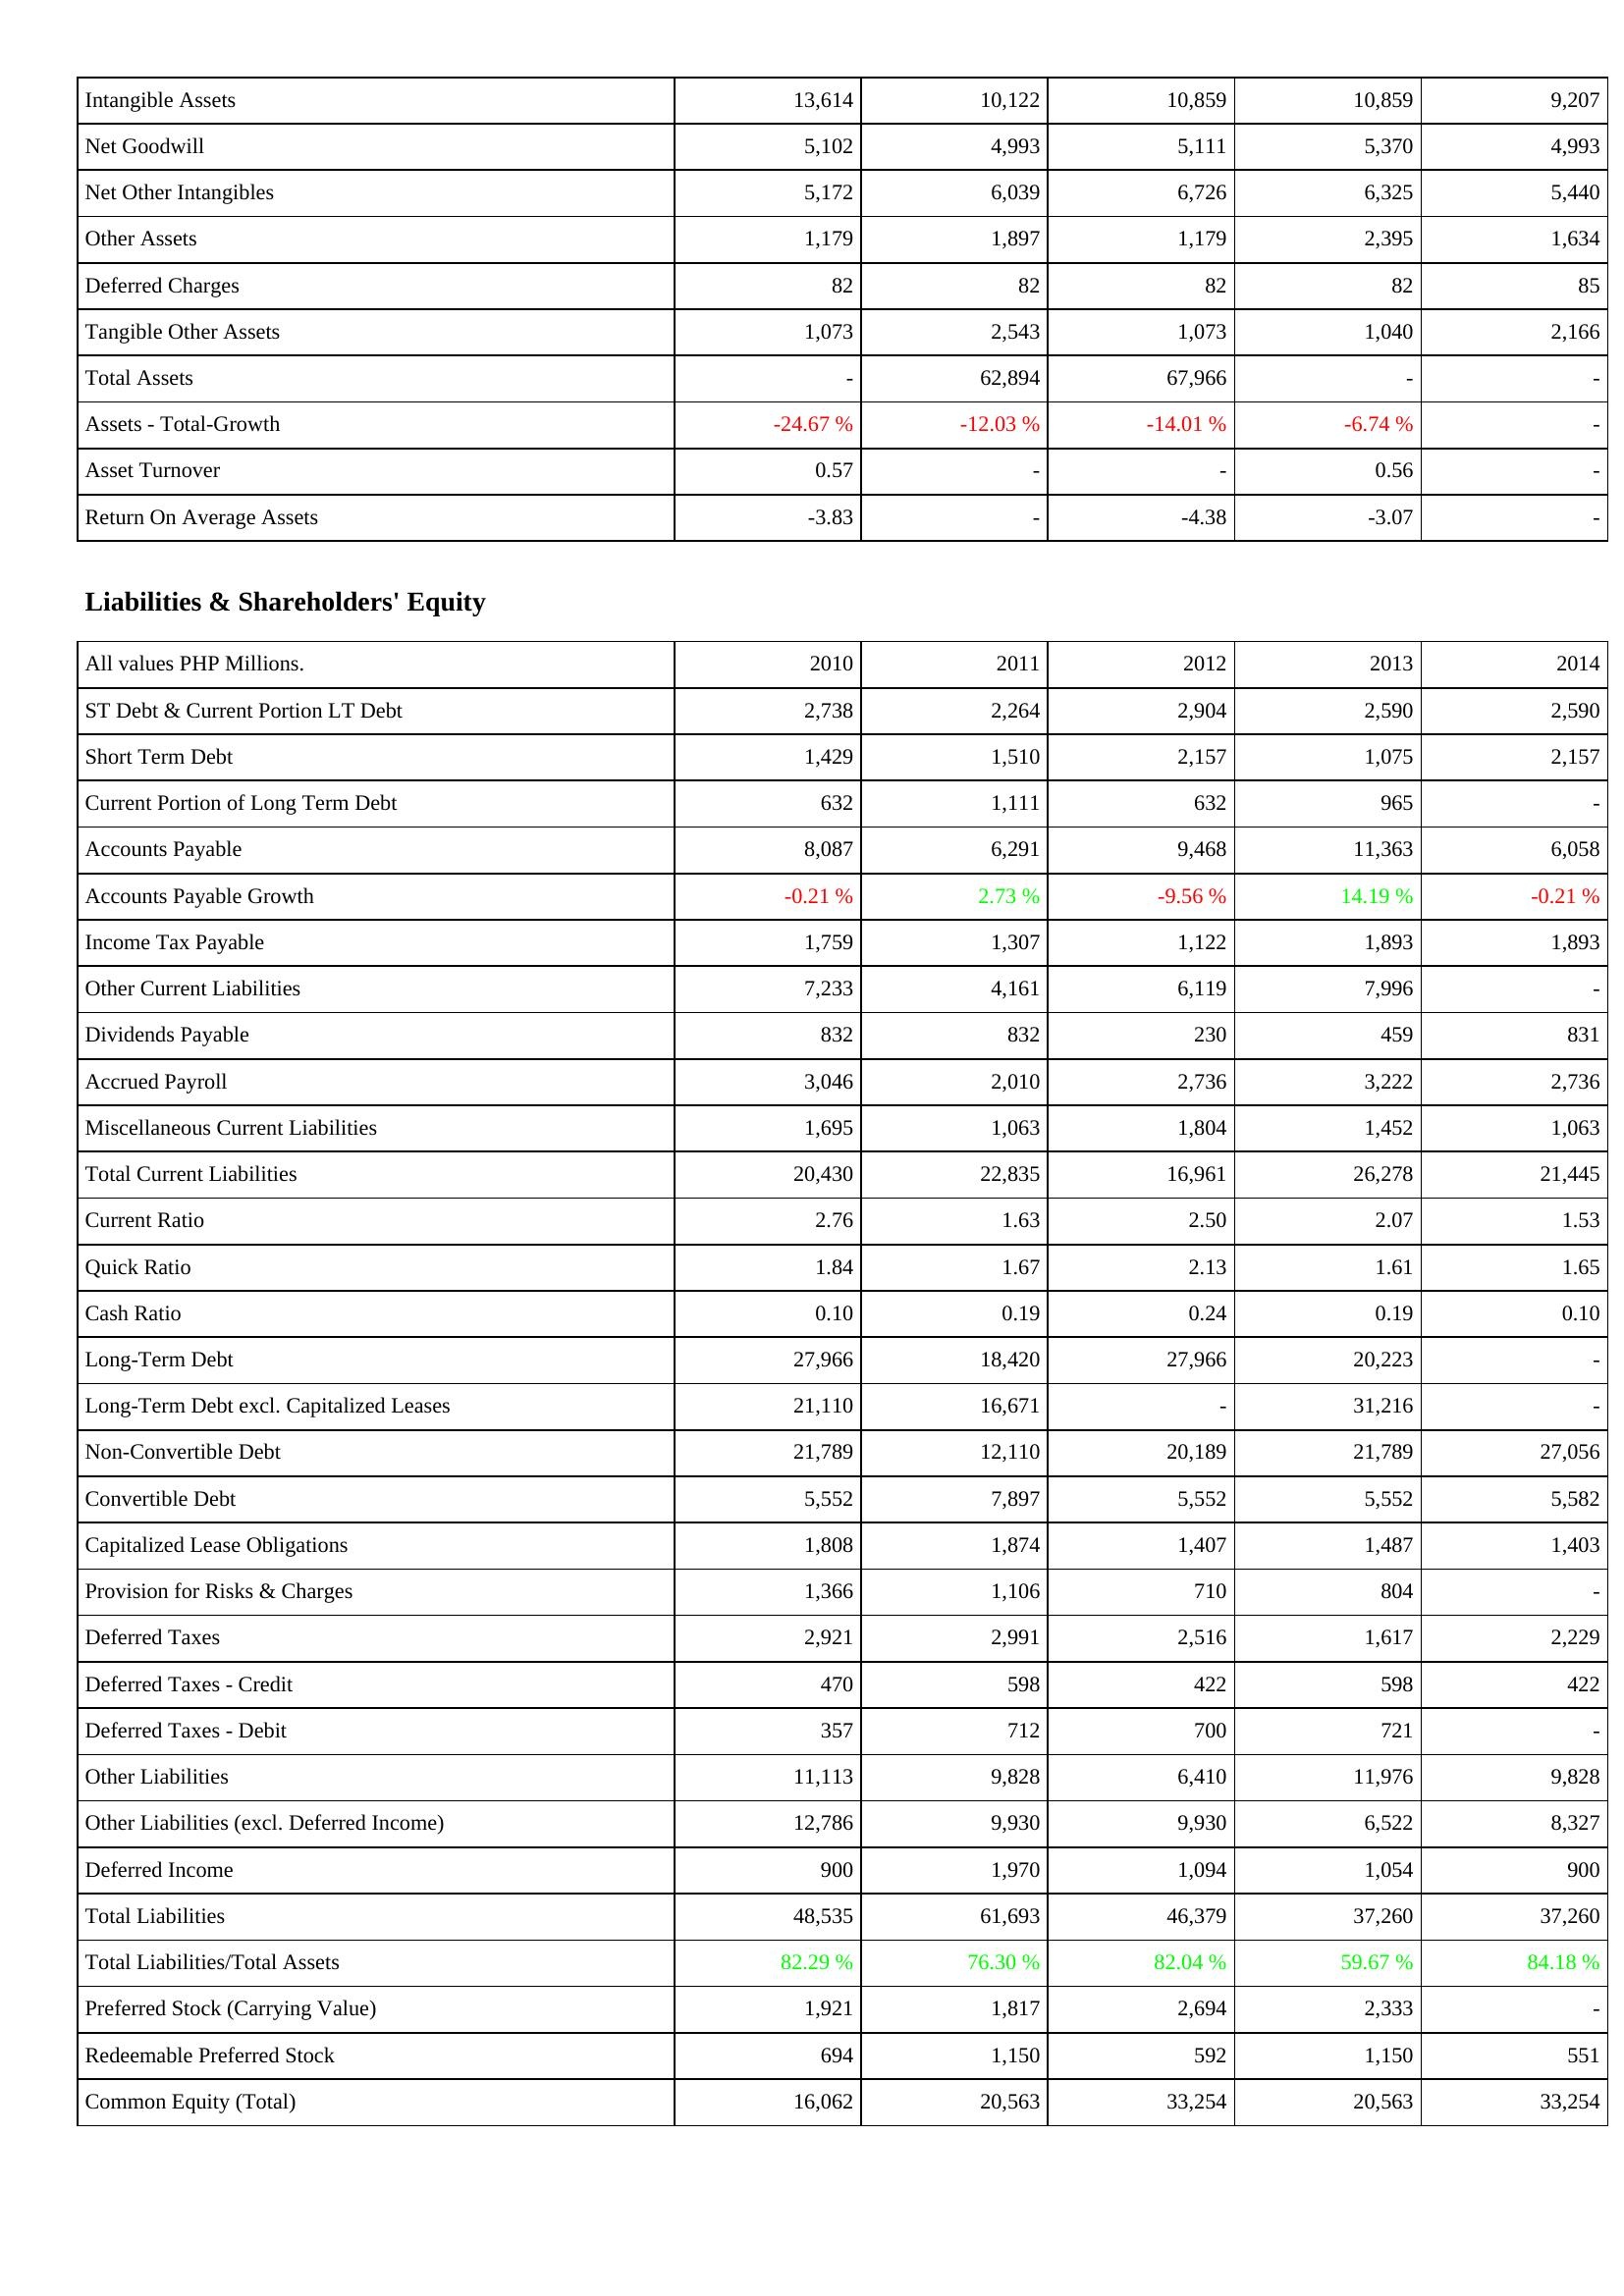
2010: Assets: Intangible Assets: 13,614
Net Goodwill: 5,102
Net Other Intangibles: 5,172
Other Assets: 1,179
Deferred Charges: 82
Tangible Other Assets: 1,073
Total Assets: -
Assets - Total-Growth: -24.67 %
Asset Turnover: 0.57
Return On Average Assets: -3.83
Liabilities & Shareholders' Equity: ST Debt & Current Portion LT Debt: 2,738
Short Term Debt: 1,429
Current Portion of Long Term Debt: 632
Accounts Payable: 8,087
Accounts Payable Growth: -0.21 %
Income Tax Payable: 1,759
Other Current Liabilities: 7,233
Dividends Payable: 832
Accrued Payroll: 3,046
Miscellaneous Current Liabilities: 1,695
Total Current Liabilities: 20,430
Current Ratio: 2.76
Quick Ratio: 1.84
Cash Ratio: 0.10
Long-Term Debt: 27,966
Long-Term Debt excl. Capitalized Leases: 21,110
Non-Convertible Debt: 21,789
Convertible Debt: 5,552
Capitalized Lease Obligations: 1,808
Provision for Risks & Charges: 1,366
Deferred Taxes: 2,921
Deferred Taxes - Credit: 470
Deferred Taxes - Debit: 357
Other Liabilities: 11,113
Other Liabilities (excl. Deferred Income): 12,786
Deferred Income: 900
Total Liabilities: 48,535
Total Liabilities/Total Assets: 82.29 %
Preferred Stock (Carrying Value): 1,921
Redeemable Preferred Stock: 694
Common Equity (Total): 16,062
2011: Assets: Intangible Assets: 10,122
Net Goodwill: 4,993
Net Other Intangibles: 6,039
Other Assets: 1,897
Deferred Charges: 82
Tangible Other Assets: 2,543
Total Assets: 62,894
Assets - Total-Growth: -12.03 %
Asset Turnover: -
Return On Average Assets: -
Liabilities & Shareholders' Equity: ST Debt & Current Portion LT Debt: 2,264
Short Term Debt: 1,510
Current Portion of Long Term Debt: 1,111
Accounts Payable: 6,291
Accounts Payable Growth: 2.73 %
Income Tax Payable: 1,307
Other Current Liabilities: 4,161
Dividends Payable: 832
Accrued Payroll: 2,010
Miscellaneous Current Liabilities: 1,063
Total Current Liabilities: 22,835
Current Ratio: 1.63
Quick Ratio: 1.67
Cash Ratio: 0.19
Long-Term Debt: 18,420
Long-Term Debt excl. Capitalized Leases: 16,671
Non-Convertible Debt: 12,110
Convertible Debt: 7,897
Capitalized Lease Obligations: 1,874
Provision for Risks & Charges: 1,106
Deferred Taxes: 2,991
Deferred Taxes - Credit: 598
Deferred Taxes - Debit: 712
Other Liabilities: 9,828
Other Liabilities (excl. Deferred Income): 9,930
Deferred Income: 1,970
Total Liabilities: 61,693
Total Liabilities/Total Assets: 76.30 %
Preferred Stock (Carrying Value): 1,817
Redeemable Preferred Stock: 1,150
Common Equity (Total): 20,563
2012: Assets: Intangible Assets: 10,859
Net Goodwill: 5,111
Net Other Intangibles: 6,726
Other Assets: 1,179
Deferred Charges: 82
Tangible Other Assets: 1,073
Total Assets: 67,966
Assets - Total-Growth: -14.01 %
Asset Turnover: -
Return On Average Assets: -4.38
Liabilities & Shareholders' Equity: ST Debt & Current Portion LT Debt: 2,904
Short Term Debt: 2,157
Current Portion of Long Term Debt: 632
Accounts Payable: 9,468
Accounts Payable Growth: -9.56 %
Income Tax Payable: 1,122
Other Current Liabilities: 6,119
Dividends Payable: 230
Accrued Payroll: 2,736
Miscellaneous Current Liabilities: 1,804
Total Current Liabilities: 16,961
Current Ratio: 2.50
Quick Ratio: 2.13
Cash Ratio: 0.24
Long-Term Debt: 27,966
Long-Term Debt excl. Capitalized Leases: -
Non-Convertible Debt: 20,189
Convertible Debt: 5,552
Capitalized Lease Obligations: 1,407
Provision for Risks & Charges: 710
Deferred Taxes: 2,516
Deferred Taxes - Credit: 422
Deferred Taxes - Debit: 700
Other Liabilities: 6,410
Other Liabilities (excl. Deferred Income): 9,930
Deferred Income: 1,094
Total Liabilities: 46,379
Total Liabilities/Total Assets: 82.04 %
Preferred Stock (Carrying Value): 2,694
Redeemable Preferred Stock: 592
Common Equity (Total): 33,254
2013: Assets: Intangible Assets: 10,859
Net Goodwill: 5,370
Net Other Intangibles: 6,325
Other Assets: 2,395
Deferred Charges: 82
Tangible Other Assets: 1,040
Total Assets: -
Assets - Total-Growth: -6.74 %
Asset Turnover: 0.56
Return On Average Assets: -3.07
Liabilities & Shareholders' Equity: ST Debt & Current Portion LT Debt: 2,590
Short Term Debt: 1,075
Current Portion of Long Term Debt: 965
Accounts Payable: 11,363
Accounts Payable Growth: 14.19 %
Income Tax Payable: 1,893
Other Current Liabilities: 7,996
Dividends Payable: 459
Accrued Payroll: 3,222
Miscellaneous Current Liabilities: 1,452
Total Current Liabilities: 26,278
Current Ratio: 2.07
Quick Ratio: 1.61
Cash Ratio: 0.19
Long-Term Debt: 20,223
Long-Term Debt excl. Capitalized Leases: 31,216
Non-Convertible Debt: 21,789
Convertible Debt: 5,552
Capitalized Lease Obligations: 1,487
Provision for Risks & Charges: 804
Deferred Taxes: 1,617
Deferred Taxes - Credit: 598
Deferred Taxes - Debit: 721
Other Liabilities: 11,976
Other Liabilities (excl. Deferred Income): 6,522
Deferred Income: 1,054
Total Liabilities: 37,260
Total Liabilities/Total Assets: 59.67 %
Preferred Stock (Carrying Value): 2,333
Redeemable Preferred Stock: 1,150
Common Equity (Total): 20,563
2014: Assets: Intangible Assets: 9,207
Net Goodwill: 4,993
Net Other Intangibles: 5,440
Other Assets: 1,634
Deferred Charges: 85
Tangible Other Assets: 2,166
Total Assets: -
Assets - Total-Growth: -
Asset Turnover: -
Return On Average Assets: -
Liabilities & Shareholders' Equity: ST Debt & Current Portion LT Debt: 2,590
Short Term Debt: 2,157
Current Portion of Long Term Debt: -
Accounts Payable: 6,058
Accounts Payable Growth: -0.21 %
Income Tax Payable: 1,893
Other Current Liabilities: -
Dividends Payable: 831
Accrued Payroll: 2,736
Miscellaneous Current Liabilities: 1,063
Total Current Liabilities: 21,445
Current Ratio: 1.53
Quick Ratio: 1.65
Cash Ratio: 0.10
Long-Term Debt: -
Long-Term Debt excl. Capitalized Leases: -
Non-Convertible Debt: 27,056
Convertible Debt: 5,582
Capitalized Lease Obligations: 1,403
Provision for Risks & Charges: -
Deferred Taxes: 2,229
Deferred Taxes - Credit: 422
Deferred Taxes - Debit: -
Other Liabilities: 9,828
Other Liabilities (excl. Deferred Income): 8,327
Deferred Income: 900
Total Liabilities: 37,260
Total Liabilities/Total Assets: 84.18 %
Preferred Stock (Carrying Value): -
Redeemable Preferred Stock: 551
Common Equity (Total): 33,254